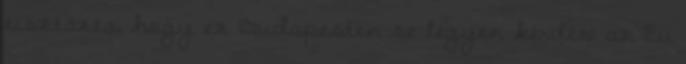
tisztázta, hogy ez Budapesten se legyen kérdés: az Eu